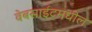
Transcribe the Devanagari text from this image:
वेबसाईटमधील